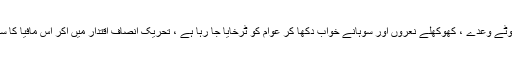
انہوںنے مزید کہاکہ عوام کو صرف جھوٹے وعدے ، کھوکھلے نعروں اور سوہانے خواب دکھا کر عوام کو ٹرخایا جا رہا ہے ، تحریک انصاف اقتدار میں آکر اس مافیا کا سیاسی میدان میں ڈٹ کر مقابلہ کرے گی۔